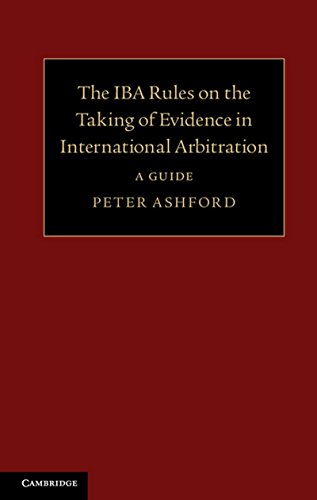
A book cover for The IBA Rules on the Taking of Evidence in International Arbitration: A Guide; Peter Ashford; Law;